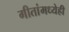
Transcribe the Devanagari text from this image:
गीतांमध्येही